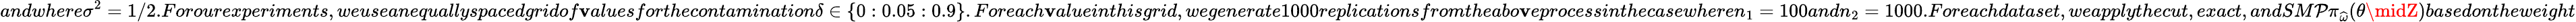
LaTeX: andwhere\sigma^{2}=1/2.Forourexperiments,weuseanequallyspacedgridof\mathbf{v}aluesforthecontamination\delta\in\{ 0:0.05:0.9\} .Foreach\mathbf{v}alueinthisgrid,wegenerate1000replicationsfromtheabo\mathbf{v}eprocessinthecasewheren_{1}=100andn_{2}=1000.Foreachdataset,weapplythecut,exact,andSM\mathcal{P}\pi_{\widehat{\omega}}(\theta\midZ)basedontheweight